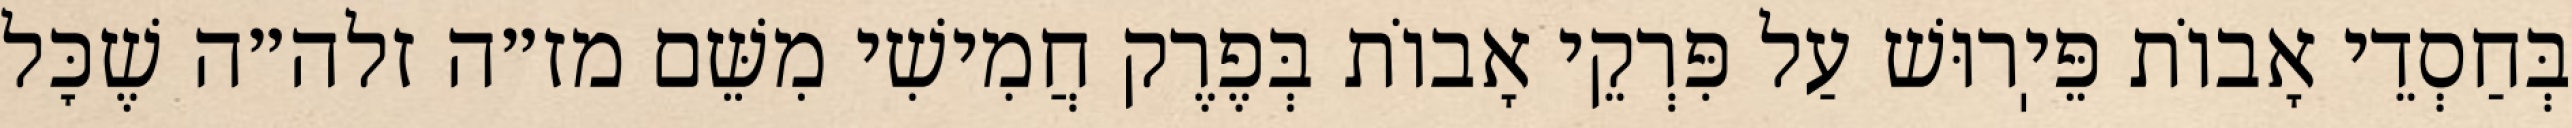
בְּחַסְדֵי אָבוֹת פֵּיֽרוּשׁ עַל פִּרְקֵי אָבוֹת בְּפֶרֶק חֲמִישִׁי מִשֵּׁם מז״ה זלה״ה שֶׁכׇּל